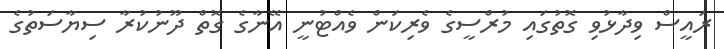
ރައީސް ވިދާޅުވި ގޮތުގައި މުރްސީގެ ވެރިކަން ވެއްޓުނީ އޭނާގެ ގޮތް ދޫނުކުރާ ސިޔާސަތުގެ